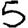
Digit: 5